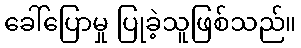
ခေါ်ပြောမှု ပြုခဲ့သူဖြစ်သည်။